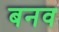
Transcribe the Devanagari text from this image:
बनव